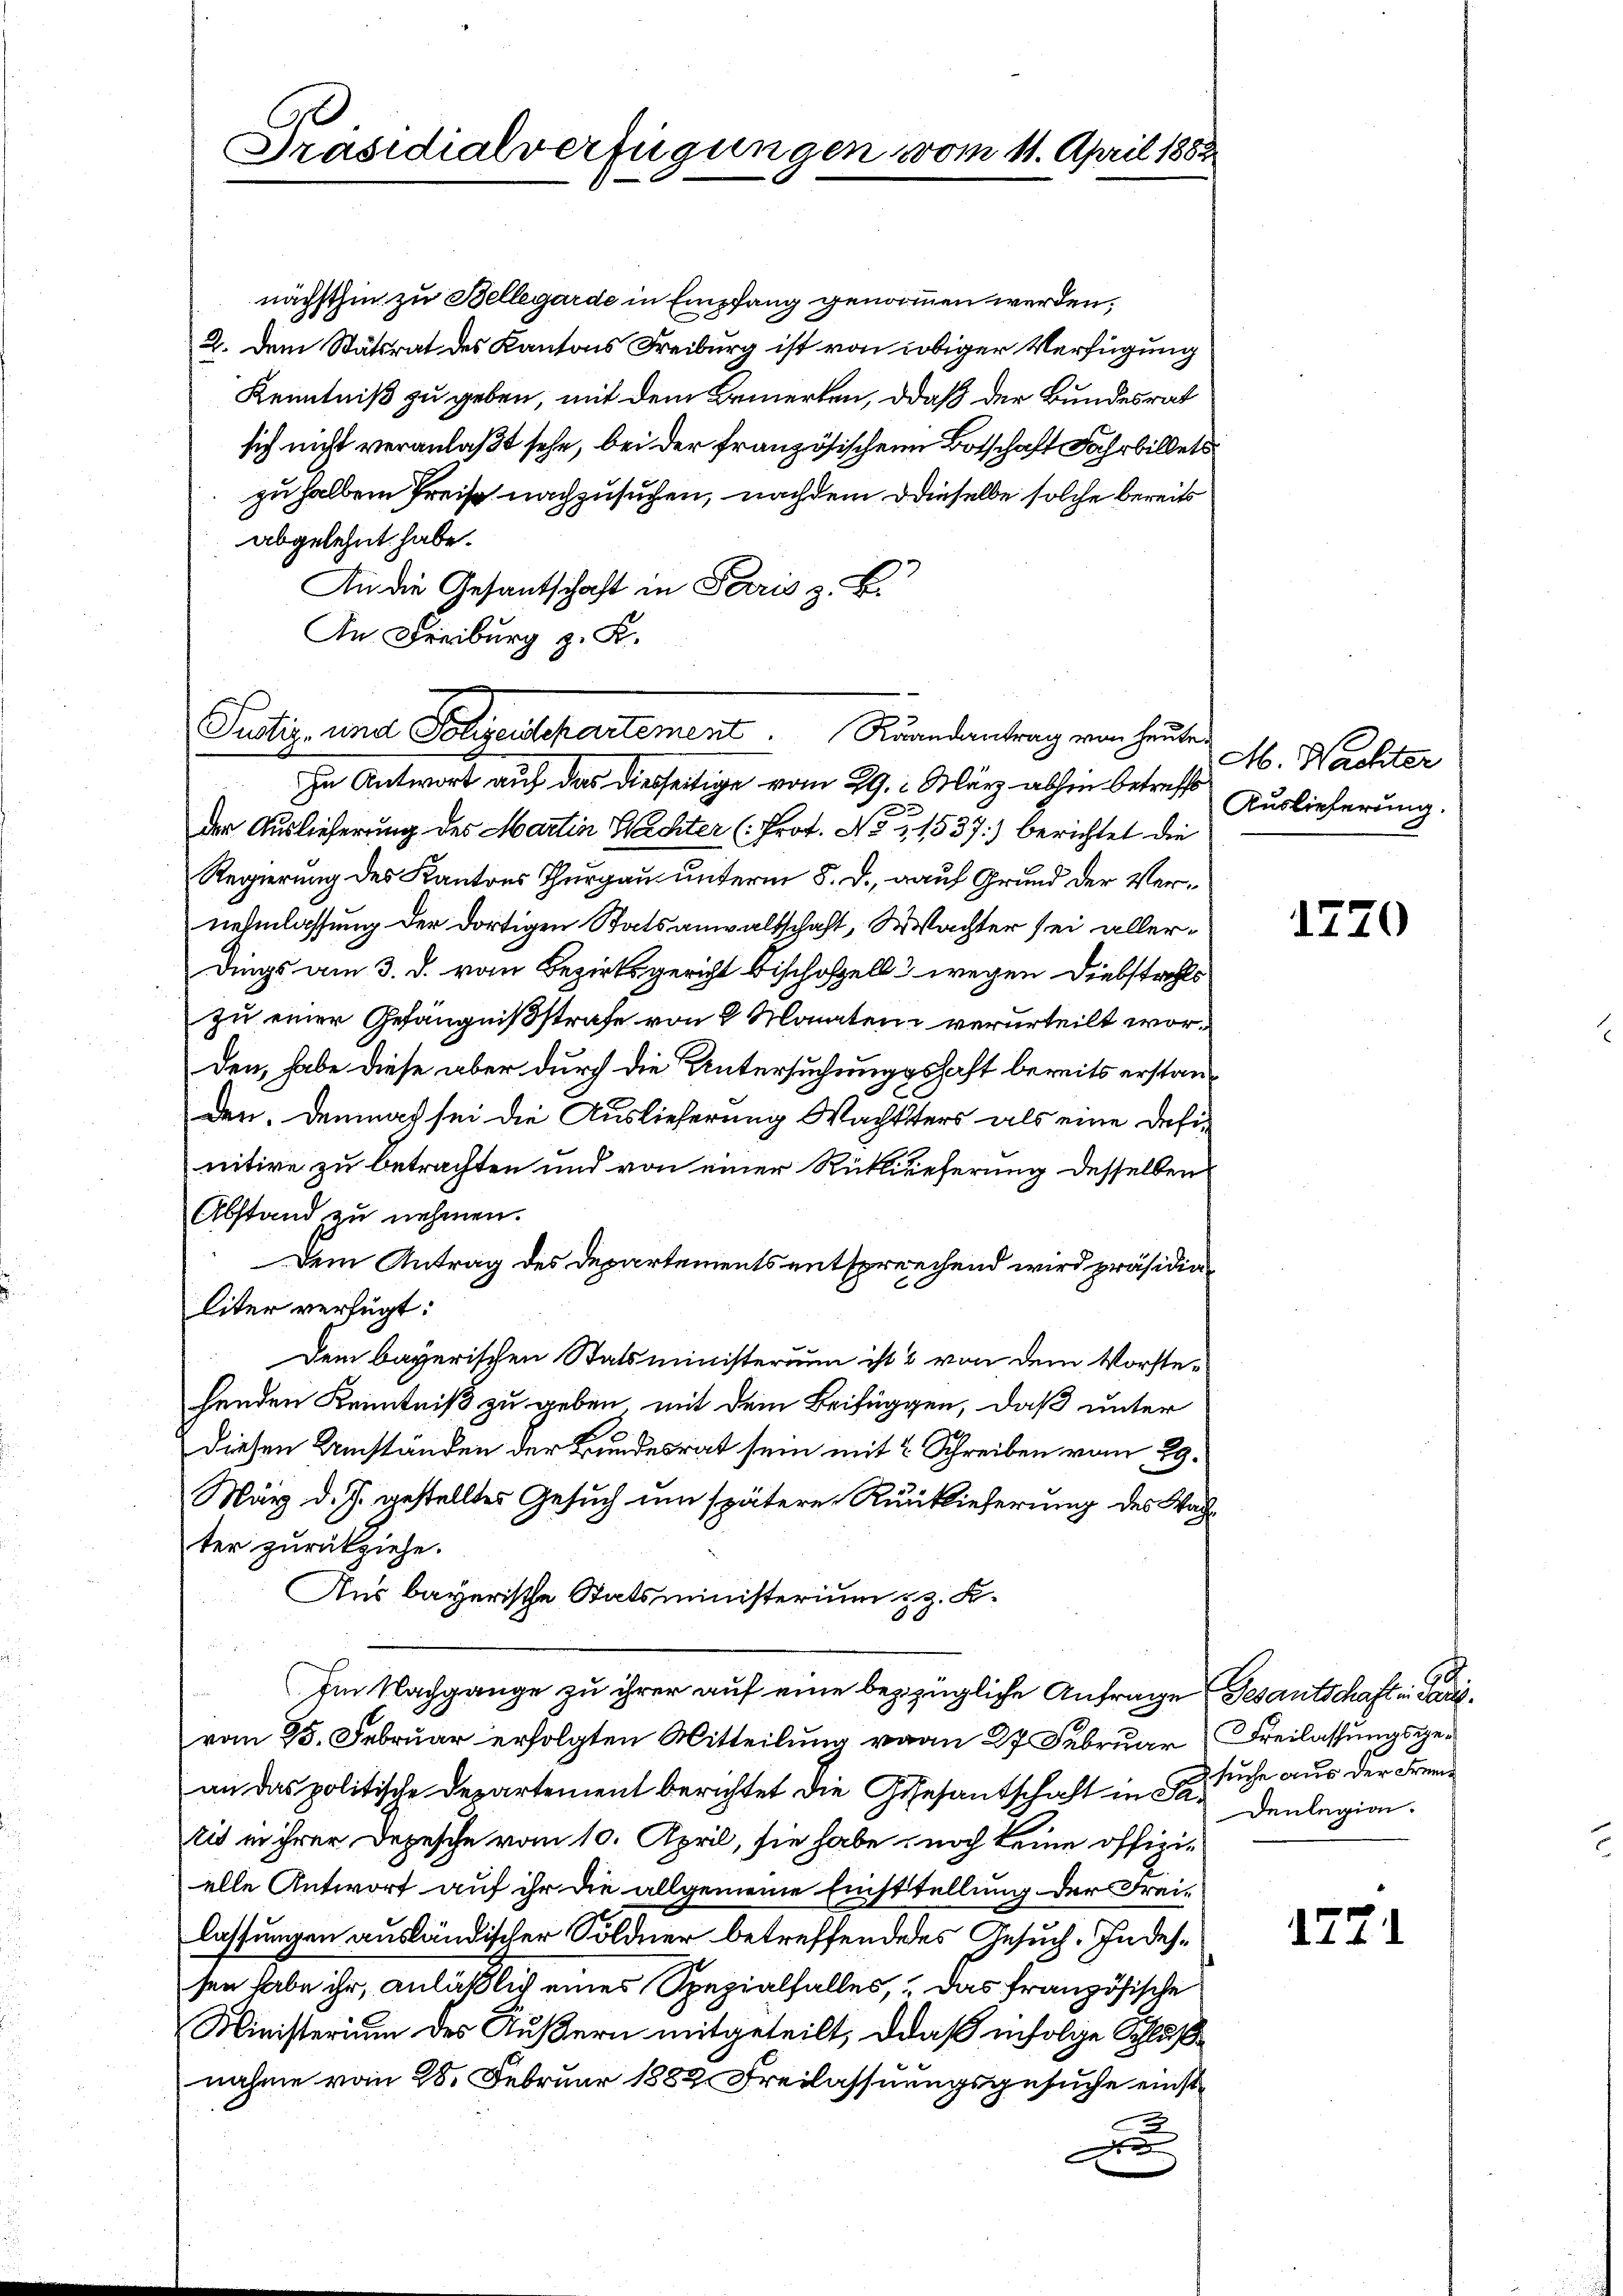
Präsidialverfügungen vom 11. April 188

nächsthin zu Bellegarde in Empfang genommen werden,
2. Dem Stätsrat des Kantons Freiburg ist von obiger Verfügung
Kenntniß zu geben, mit dem Bemerken, daß der Bundesrat
sich nicht veranlaßt sehe, bei der französischen Botschaft Fahrbildet
zu halben Preis nachzusuchen, nachdem dieselbe solche bereits
abgelehnt habe.
An die Gesantschaft in Paris z. B.
In Freiburg z. K.

Justiz- und Folgendepartement. Rundantrag vom heut

In Antwort auf das diesseitige vom 29. März abhin betreff
der Auslieferung des Martin Wachter (Prot. No. 31537) berichtet die
Regierung des Kantons Thurgau unterm 5. d. auf Grund der Vernehmlassung der dortigen Statsanwaltschaft, Wachter sei allerdings am 3. d. vom Bezirksgericht bischofzell wegen Diebstahls
zu einer Gefängnißstrafe von 2 Monaten verurteilt worden, habe diese aber durch die Untersuchungshaft bereits erstanden. Dennas sei die Auslieferung Wachtsters als eine Definitive zu betrachten und von einer Rücklieferung desselben
Abstand zu nehmen.
Dem Antrag des Departements entsprechend wird präsidialiter verfügt:
Dem bayerischen Statsministerium ist & von dem Vorstehenden Kenntniß zu geben, mit dem Beifüggen, daß unter
diesen Umständen der Bundesrat sein mit 2 Schreiben vom 29.
März d. J. gestelltes Gesuch um spätere Rücklieferung des Wahter zurückziehe.
Aus bayerische Statsministerium u. z. B.
Im Nachgange zu ihrer auf eine bezizügliche Anfrage Gesantschaft in Parivom 25. Februar erfolgten Mitteilung von 27 Februar Freilassungsgean das politische Departement berichtet die Gesesantschaft in Sandenlegion.
rit in ihrer Depesche vom 10. April, sie habe, noch keine offizielle Antwort auf ihr die allgemeine Einsttellung der Freilassungen ausländischer Söldner betreffendenes Gesuch. Indessen habe ihr, anläßlich eines Spezialfalles, das französische
Ministerium des Äußern mitgeteilt, daß infolge Schlußnahme vom 28. Februar 1882 Freilassungsgesuche einst¬
2
x

be
M. Nachter
Auslieferung.

1720

suche aus der Frem¬

1771